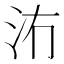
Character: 𱥲